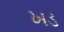
ખડ